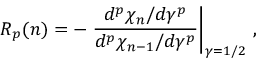
R _ { p } ( n ) = - \left. \frac { d ^ { p } \chi _ { n } / d \gamma ^ { p } } { d ^ { p } \chi _ { n - 1 } / d \gamma ^ { p } } \right| _ { \gamma = 1 / 2 } \, ,